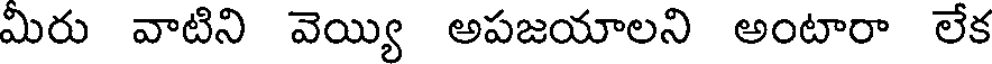
మీరు వాటిని వెయ్యి అపజయాలని అంటారా లేక